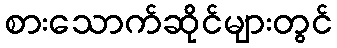
စားသောက်ဆိုင်များတွင်